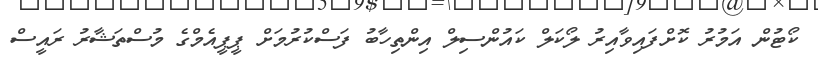
ކޯޓުން އަމުރު ކޮށްފައިވާއިރު ލޯކަލް ކައުންސިލް އިންތިހާބު ފަސްކުރުމަށް ޕީޕީއެމްގެ މުސްތަޝާރު ރައީސް